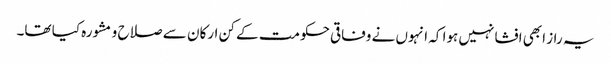
یہ راز ابھی افشا نہیں ہوا کہ انہوں نے وفاقی حکومت کے کن ارکان سے صلاح و مشورہ کیا تھا۔